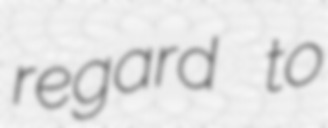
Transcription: regard to